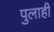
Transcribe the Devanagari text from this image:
पुलाही